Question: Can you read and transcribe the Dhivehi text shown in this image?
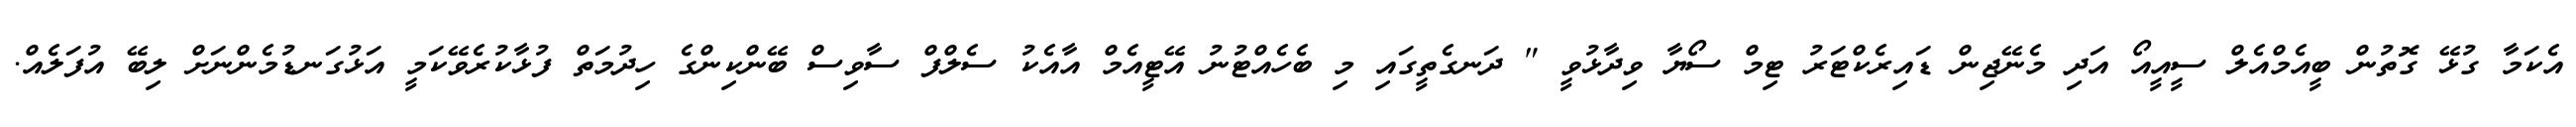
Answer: އެކަމާ ގުޅޭ ގޮތުން ބީއެމްއެލް ސީއީއޯ އަދި މެނޭޖިން ޑައިރެކްޓަރު ޓިމް ސޯޔާ ވިދާޅުވީ " ދަނގެތީގައި މި ބެހެއްޓުނު އޭޓީއެމް އާއެކު ސެލްފް ސާވިސް ބޭންކިންގެ ހިދުމަތް ފުޅާކުރެވޭކަމީ އަޅުގަނޑުމެންނަށް ލިބޭ އުފަލެއް.